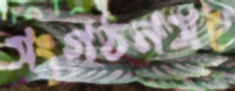
সংগঠনসহ